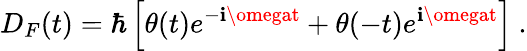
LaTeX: D_{F}(t)=\hbar\left[\theta(t)e^{-\mathbf{i}\omegat}+\theta(-t)e^{\mathbf{i}\omegat}\right]\ .